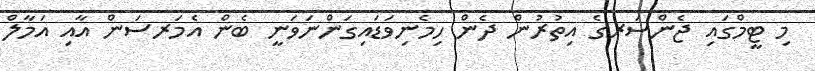
މި ޓީމްގައި ޖެންސަރގެ އިތުރުން ދެން ހިމެނިވަޑައިގަންނަވަނީ ބެން އެމަރސަން އާއި އަމާލް